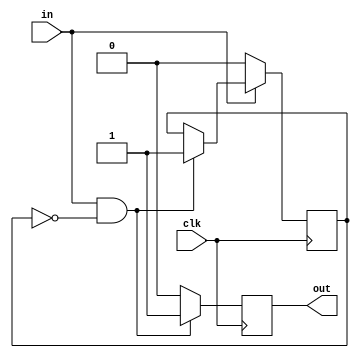
/* Register the rising edge of a signal */
module strobe_latch (clk, in, out);

input clk;
input in;
output out;

reg state;
reg out;
initial out = 0;

always @(posedge clk)
begin
	if (in == 1 && state == 0)
	begin
		state <= 1;
		out <= 1;
	end
	else if (out == 1)
		out <= 0;
	
	if (in == 0)
		state <= 0;
end

endmodule